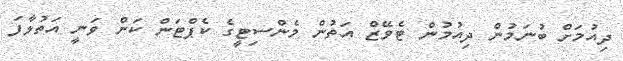
ދިއުމަށް ބުނަމުން ދިއުމުން ޓެވޭޒް އަތުން މެންސިޓީގެ ކެޕްޓަން ކަން ވަނީ އަތުލާފަ